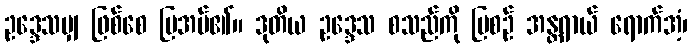
ဥဒ္ဒေသမျှ ဖြစ်စေ ပြအပ်၏။ ဒုတိယ ဥဒ္ဒေသ စသည်ကို ပြစဉ် အန္တရာယ် ရောက်အံ့၊